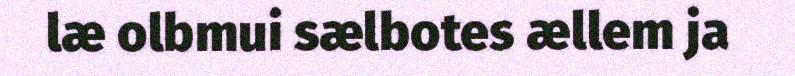
læ olbmui sælbotes ællem ja